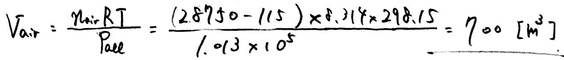
\[ V_{air}=\frac{n_{air}RT}{P_{abs}}=\frac{(2.8950 - 115)\times8.314\times298.15}{1.013\times10^{5}} = 700 \ [m^{3}] \]